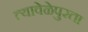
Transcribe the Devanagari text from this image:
त्यावेळेपुरता